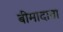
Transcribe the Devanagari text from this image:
बीमादाता